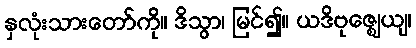
နှလုံးသားတော်ကို။ ဒိသွာ၊ မြင်၍။ ယဒိဗုဇ္ဈေယျ၊